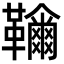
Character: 𩍲